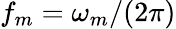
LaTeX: f_{m}=\omega_{m}/(2\pi)